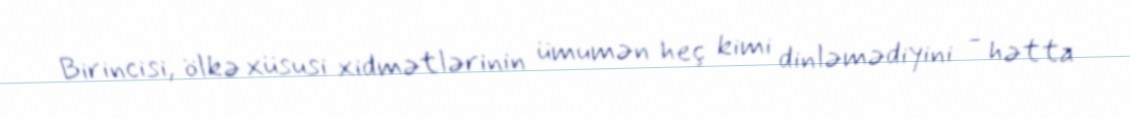
Birincisi, ölkə xüsusi xidmətlərinin ümumən heç kimi dinləmədiyini - hətta